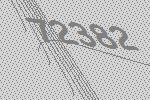
72382